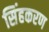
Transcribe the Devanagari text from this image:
सिंहकरण